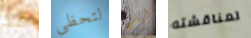
قد لتحظى كيكي لمناقشته